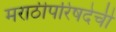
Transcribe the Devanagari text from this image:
मराठीपरिषदेची